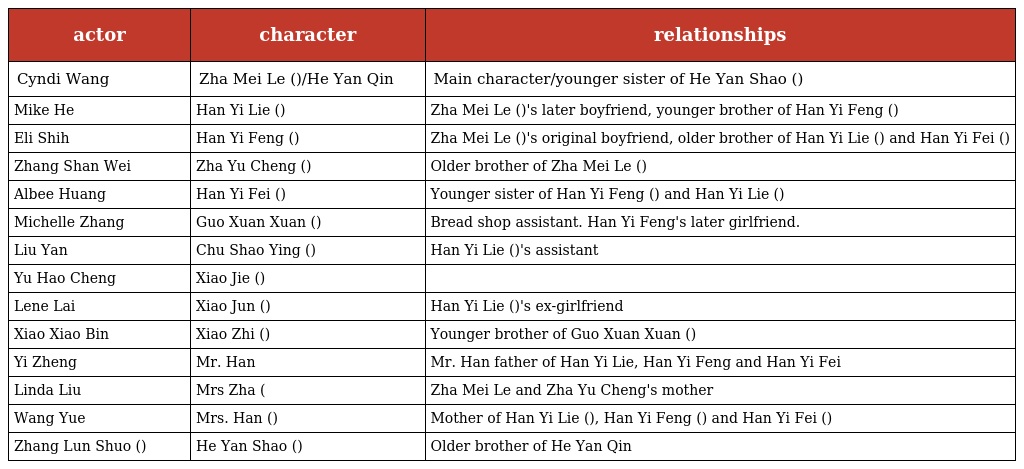
| actor | character | relationships |
 | --- | --- | --- |
 | Cyndi Wang | Zha Mei Le (查美樂)/He Yan Qin 何言沁 | Main character/younger sister of He Yan Shao (何言劭) |
 | Mike He | Han Yi Lie (韓以烈) | Zha Mei Le (查美樂)'s later boyfriend, younger brother of Han Yi Feng (韓以風) |
 | Eli Shih | Han Yi Feng (韓以風) | Zha Mei Le (查美樂)'s original boyfriend, older brother of Han Yi Lie (韓以烈) and Han Yi Fei (韓以霏) |
 | Zhang Shan Wei | Zha Yu Cheng (查宇誠) | Older brother of Zha Mei Le (查美樂) |
 | Albee Huang | Han Yi Fei (韓以霏) | Younger sister of Han Yi Feng (韓以風) and Han Yi Lie (韓以烈) |
 | Michelle Zhang | Guo Xuan Xuan (郭瑄瑄) | Bread shop assistant. Han Yi Feng's later girlfriend. |
 | Liu Yan | Chu Shao Ying (楚茵) | Han Yi Lie (韓以烈)'s assistant |
 | Yu Hao Cheng | Xiao Jie (小傑) |  |
 | Lene Lai | Xiao Jun (小君) | Han Yi Lie (韓以烈)'s ex-girlfriend |
 | Xiao Xiao Bin | Xiao Zhi (小志) | Younger brother of Guo Xuan Xuan (郭瑄瑄) |
 | Yi Zheng | Mr. Han | Mr. Han father of Han Yi Lie, Han Yi Feng and Han Yi Fei |
 | Linda Liu | Mrs Zha (查妈） | Zha Mei Le and Zha Yu Cheng's mother |
 | Wang Yue | Mrs. Han (韓妈) | Mother of Han Yi Lie (韓以烈), Han Yi Feng (韓以風) and Han Yi Fei (韓以霏) |
 | Zhang Lun Shuo (張倫碩) | He Yan Shao (何言劭) | Older brother of He Yan Qin 何言沁 |